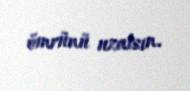
ömrünü uzatsın.